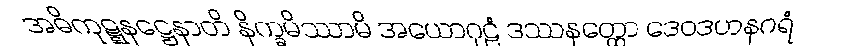
အဓိကုဋ္ဋနဋ္ဌေနာတိ နိက္ခမိဿာမိ အယောဂုဠံ ဒဿနတ္ထော ဒေဝဒဟနဂရံ